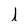
Character: j